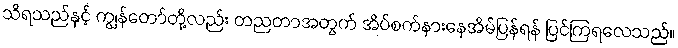
သိရသည်နှင့် ကျွန်တော်တို့လည်း တညတာအတွက် အိပ်စက်နားနေအိမ်ပြန်ရန် ပြင်ကြရလေသည်။